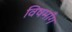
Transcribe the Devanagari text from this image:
विषमाँग